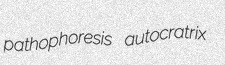
pathophoresis autocratrix